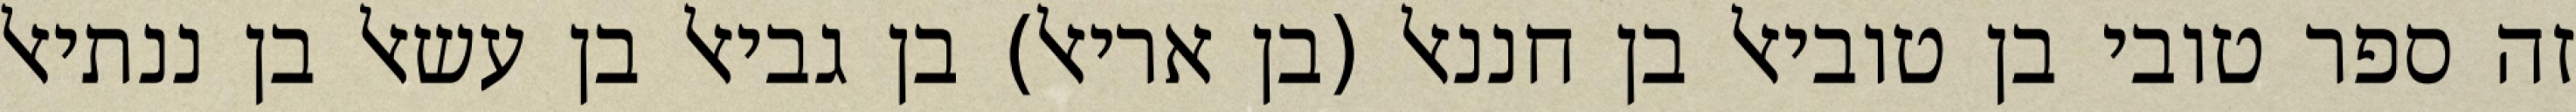
זה ספר טובי בן טוביאל בן חננאל (בן אריאל) בן גביאל בן עשאל בן ננתיאל